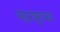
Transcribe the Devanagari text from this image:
महराष्ट्राच्या